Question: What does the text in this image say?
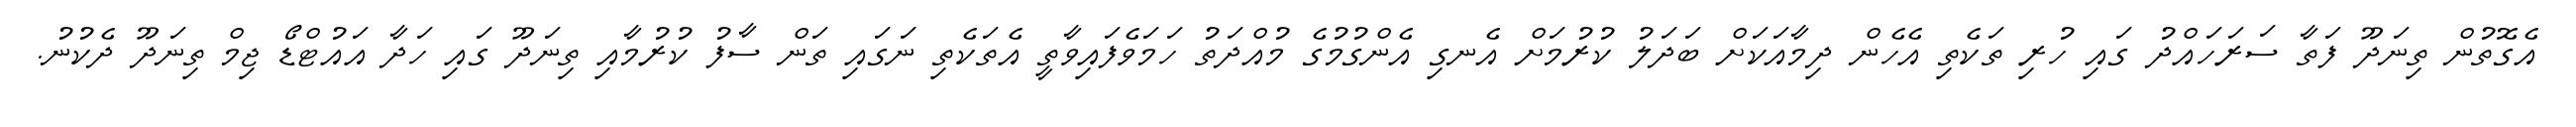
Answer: އެގޮތުން ތިނަދޫ ފަތާ ސަރަހައްދު ގައި ހުރި ތަކެތި އެހެން ދިމާއަކަށް ބަދަލު ކުރުމަށް އެނގި އެންގުމުގެ މުއްދަތު ހަމަވެފައިވާތީ އެތަކެތި ނަގައި ތަން ސާފު ކުރުމާއި ތިނަދޫ ގައި ހަދާ އައުޓްޑޯ ޖިމް ތިނަދޫ ދެކުނު.